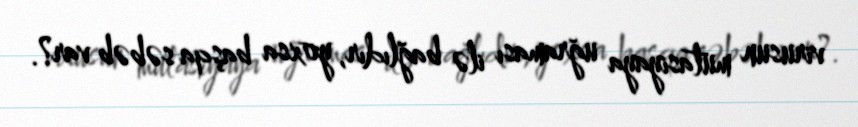
virusun mutasiyaya uğraması ilə bağlıdır, yoxsa başqa səbəb var?.